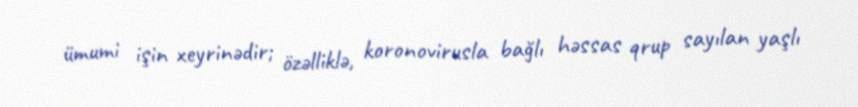
ümumi işin xeyrinədir; özəlliklə, koronovirusla bağlı həssas qrup sayılan yaşlı